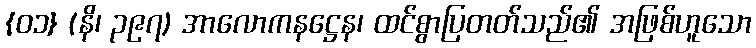
{၀၁} (နိ၊ ၃၉၇) အာလောကနဋ္ဌေန၊ ထင်စွာပြတတ်သည်၏ အဖြစ်ဟူသော